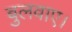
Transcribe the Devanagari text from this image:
बुलवाए।